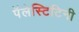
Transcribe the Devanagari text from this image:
पॅलेस्टिटिनी